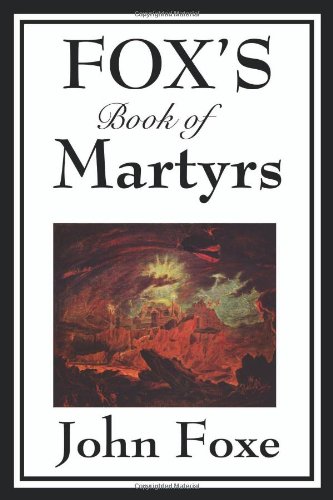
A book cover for Fox's Book of Martyrs; John Foxe; Christian Books & Bibles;